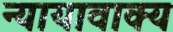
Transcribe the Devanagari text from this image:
न्यायावाक्य